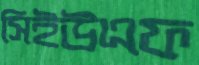
সিইউএফ